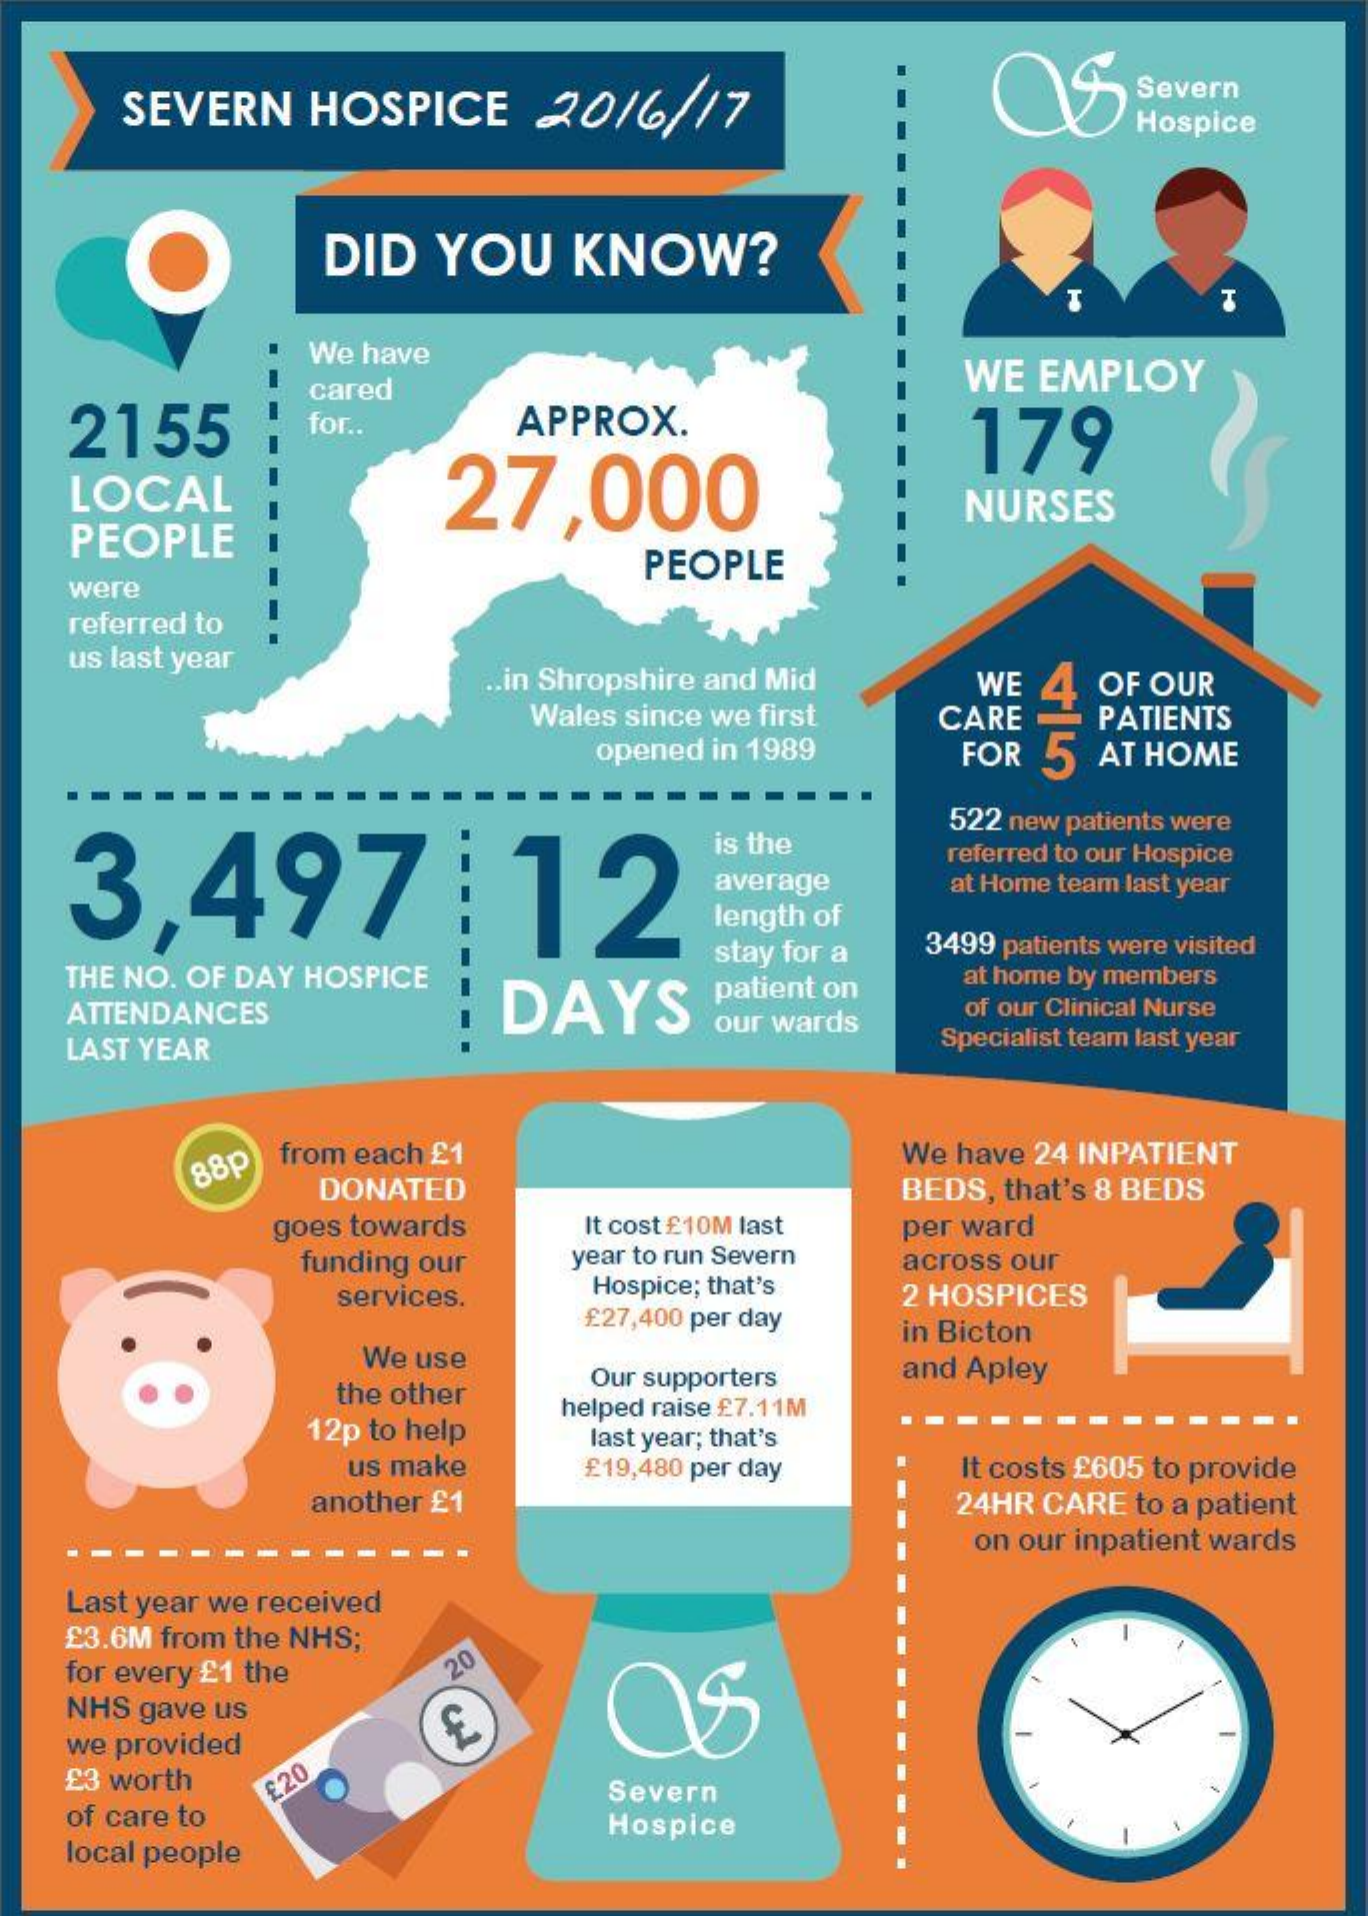
SEVERN  HOSPICE    2016/17
     Severn
     Hospice
     DID  YOU   KNOW?
     We have
     cared
     WE EMPLOY
    2155    for ..   APPROX.    179
    LOCAL    27,000
    PEOPLE
     NURSES
     PEOPLE
    were
   referred to
   us last year
     .. in Shropshire and Mid WE OF OUR
     Wales since we first CARE PATIENTS
     opened in 1989   FOR 5 AT HOME
    3,497    ;  12
     is the
     522 new patients were
     referred to our Hospice
     average    at Home team last year
     length of
   THE NO. OF DAY HOSPICE
     stay for a 3499 patients were visited
     at home by members
   ATTENDANCES    DAYS
     patient on
   LAST YEAR
     our wards
     of our Clinical Nurse
     Specialist team last year
     88p from each £1    We have 24 INPATIENT
     DONATED    BEDS, that's 8 BEDS
     goes towards   It cost £10M last per ward
     funding our  year to run Severn
     Hospice; that's
     across our
     services.
     £27,400 per day
     2 HOSPICES
     We use
     in Bicton
     the other
     Our supporters and Apley
     12p to help
     helped raise £7.11M
     us make
     last year; that's
     £19,480 per day   It costs £605 to provide
     another £1    24HR CARE to a patient
     on our inpatient wards
   Last year we received    -
   £3.6M from the NHS;
   for every £1 the  20
   NHS gave us
   we provided
   £3 worth
   of care to
     £20    Severn
   local people
     Hospice